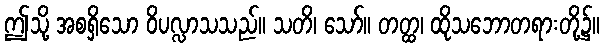
ဤသို့ အစရှိသော ဝိပလ္လာသသည်။ သတိ၊ သော်။ တတ္ထ၊ ထိုသဘောတရားတို့၌။